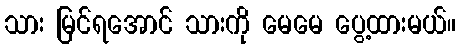
သား မြင်ရအောင် သားကို မေမေ ပွေ့ထားမယ်။